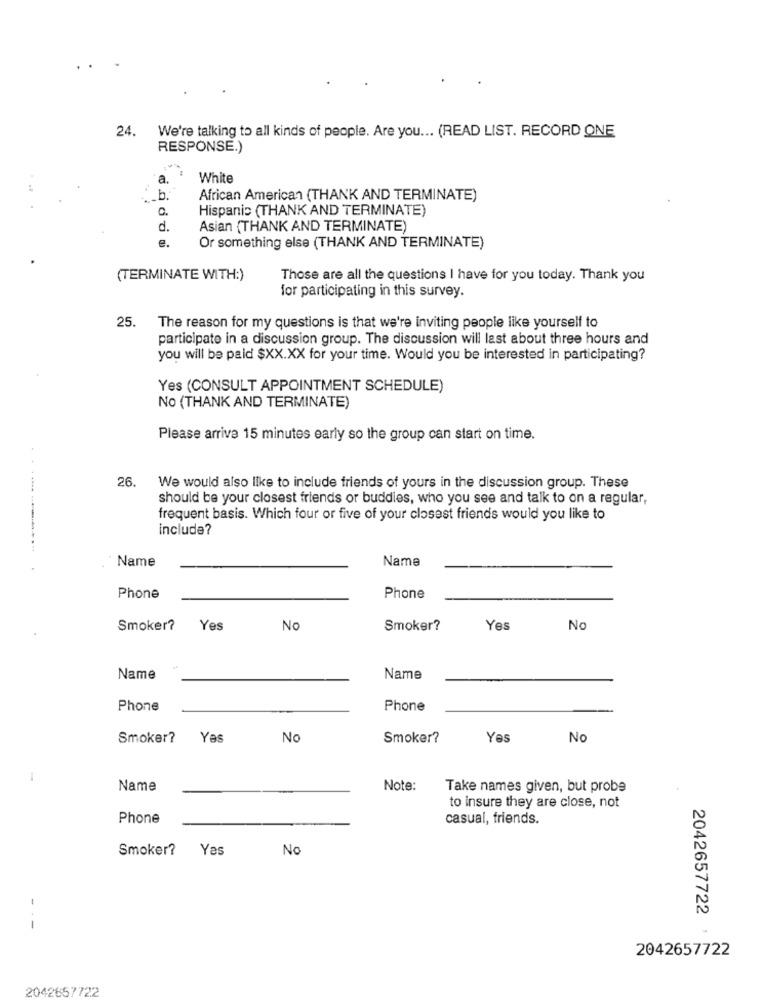
We're talking to all kinds of people. Are you ... (READ LIST. RECORD ONE
24.
RESPONSE.)
a.
White
b.
African American (THANK AND TERMINATE)
0.
Hispanic (THANK AND TERMINATE)
d.
Asian (THANK AND TERMINATE)
e.
Or something else (THANK AND TERMINATE)
(TERMINATE WITH:)
Those are all the questions I have for you today. Thank you
for participating in this survey.
25. The reason for my questions is that we're inviting people like yourself to
participate in a discussion group. The discussion will last about three hours and
you will be paid $XX.XX for your time. Would you be interested in participating?
Yes (CONSULT APPOINTMENT SCHEDULE)
No (THANK AND TERMINATE)
Please arrive 15 minutes early so the group can start on time.
26
We would also like to include friends of yours in the discussion group. These
should be your closest friends or buddies, who you see and talk to on a regular,
frequent basis. Which four or five of your closest friends would you like to
include?
Name
Name
Phone
Phone
Smoker?
Yes
No
Smoker?
Yes
No
Name
Name
Phone
Phone
Smoker?
Yas
No
Smoker?
Yes
No
Name
Note:
Take names given, but probe
to insure they are close, not
Phone
casual, friends.
Smoker?
Yes
No
2042657722
-
2042657722
2042657722